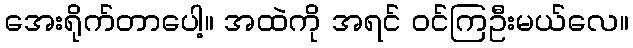
အေးရိုက်တာပေါ့။ အထဲကို အရင် ဝင်ကြဦးမယ်လေ။